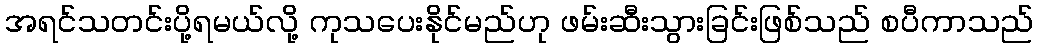
အရင်သတင်းပို့ရမယ်လို့ ကုသပေးနိုင်မည်ဟု ဖမ်းဆီးသွားခြင်းဖြစ်သည် စပီကာသည်